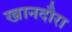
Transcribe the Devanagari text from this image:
खानदौरा